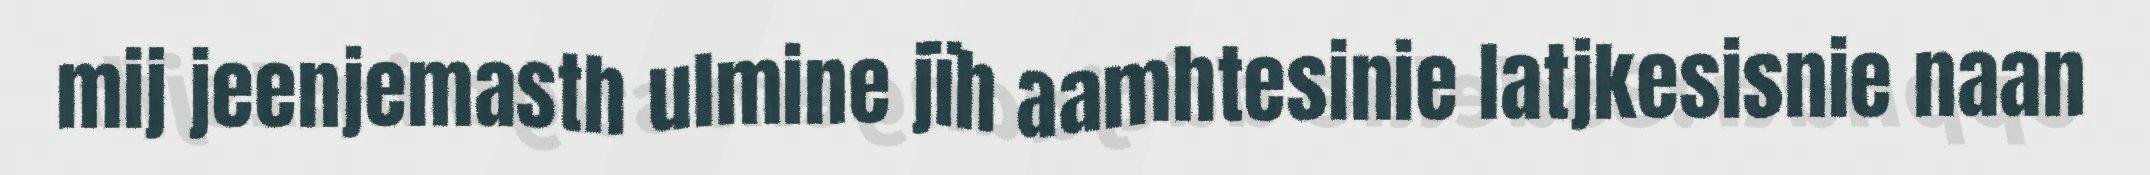
mij jeenjemasth ulmine jïh aamhtesinie latjkesisnie naan